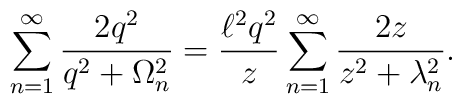
\sum _{n=1}^{\infty }\frac{2q^{2}}{q^{2}+\Omega _{n}^{2}}=\frac{\ell ^{2}q^{2}}{z}\sum _{n=1}^{\infty }\frac{2z}{z^{2}+\lambda _{n}^{2}}.